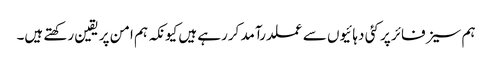
ہم سیز فائر پر کئی دہائیوں سے عملدرآمد کررہے ہیں کیونکہ ہم امن پر یقین رکھتے ہیں۔